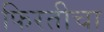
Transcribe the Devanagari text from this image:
फिरतीचा